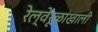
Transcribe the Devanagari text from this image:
रेल्वेरूळांखाली